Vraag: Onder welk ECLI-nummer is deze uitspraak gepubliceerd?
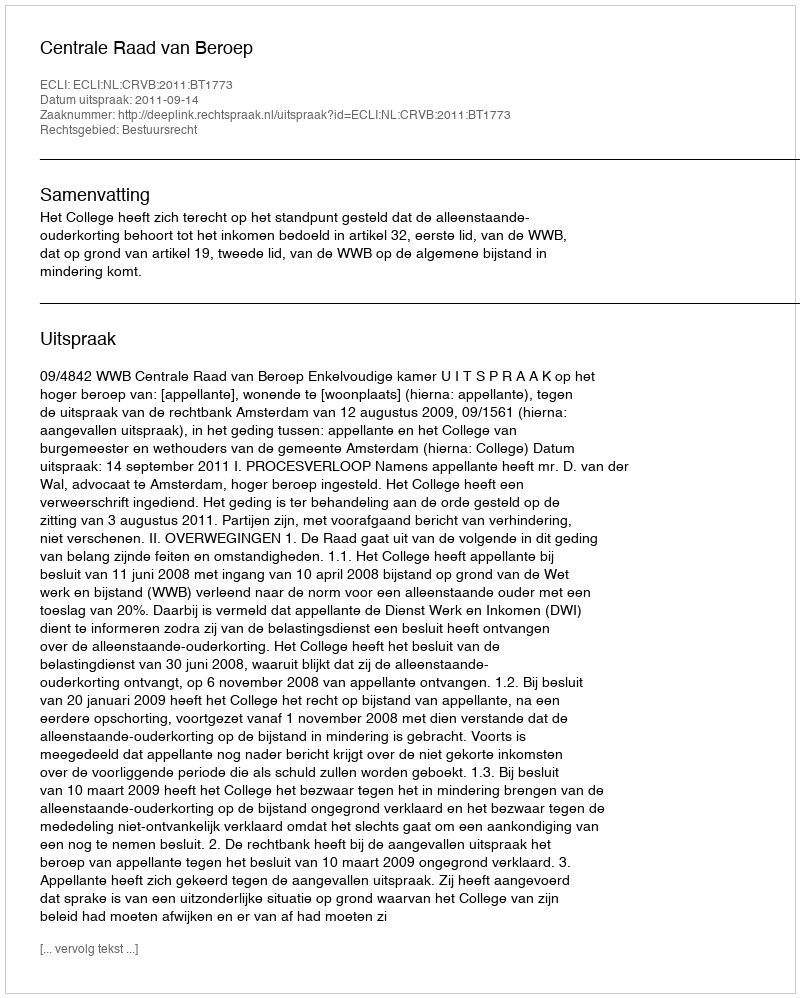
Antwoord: ECLI:NL:CRVB:2011:BT1773